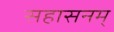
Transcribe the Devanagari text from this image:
सहासनम्